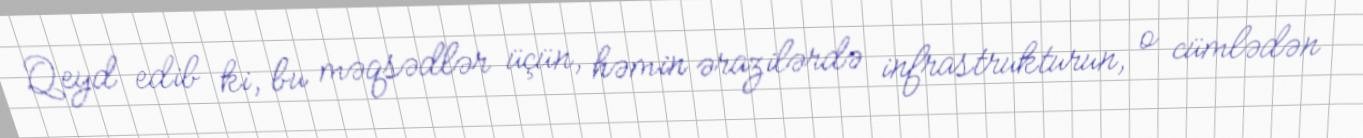
Qeyd edib ki, bu məqsədlər üçün, həmin ərazilərdə infrastrukturun, o cümlədən